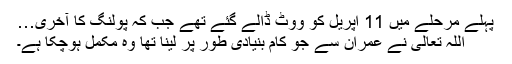
پہلے مرحلے میں 11 اپریل کو ووٹ ڈالے گئے تھے جب کہ پولنگ کا آخری…
اللہ تعالیٰ نے عمران سے جو کام بنیادی طور پر لینا تھا وہ مکمل ہوچکا ہے۔